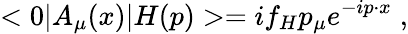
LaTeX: <0|A_{\mu}(x)|H(p)>=if_{H}p_{\mu}e^{-ip\cdot x}\; ,